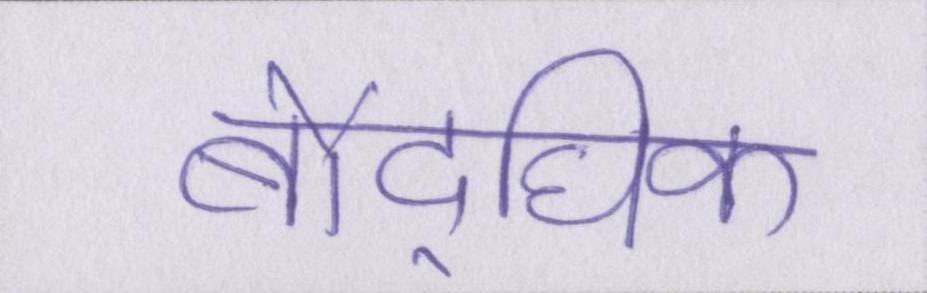
बौद्घिक